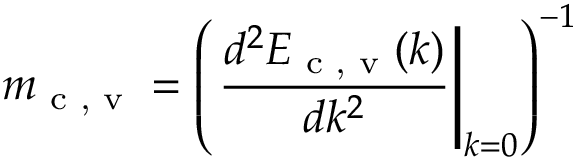
m _ { \textrm { c , v } } = \left( \left. \frac { d ^ { 2 } E _ { \textrm { c , v } } ( k ) } { d k ^ { 2 } } \right\rvert _ { k = 0 } \right) ^ { - 1 }